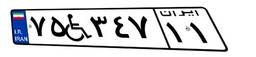
۶۰W۵۸۲۱۷